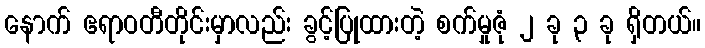
နောက် ဧရာဝတီတိုင်းမှာလည်း ခွင့်ပြုထားတဲ့ စက်မှုဇုံ ၂ ခု ၃ ခု ရှိတယ်။